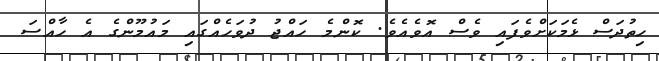
ހިތުދަސް ޅެމަކަށްވެފައި ވެސް އޮވެއެވެ. ކޮންމެ ހައްޖު ދުވަހެއްގައި މައުމޫންގެ އެ ހާއްސަ